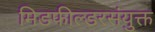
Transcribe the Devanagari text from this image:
मिडफील्डरसंयुक्त